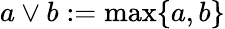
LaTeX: a\vee b:=\operatorname*{max}\{ a,b\}